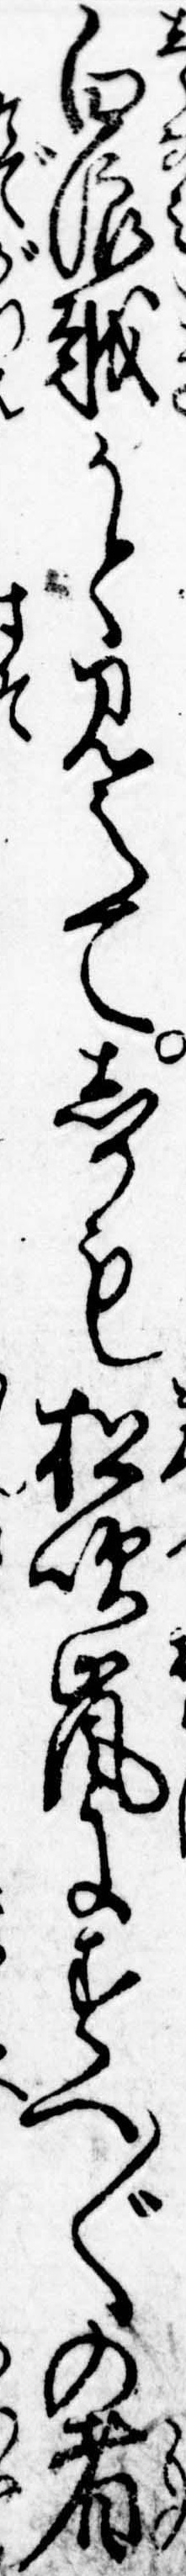
白浪越かと見えてしかも松吹嵐にすへ〲の者